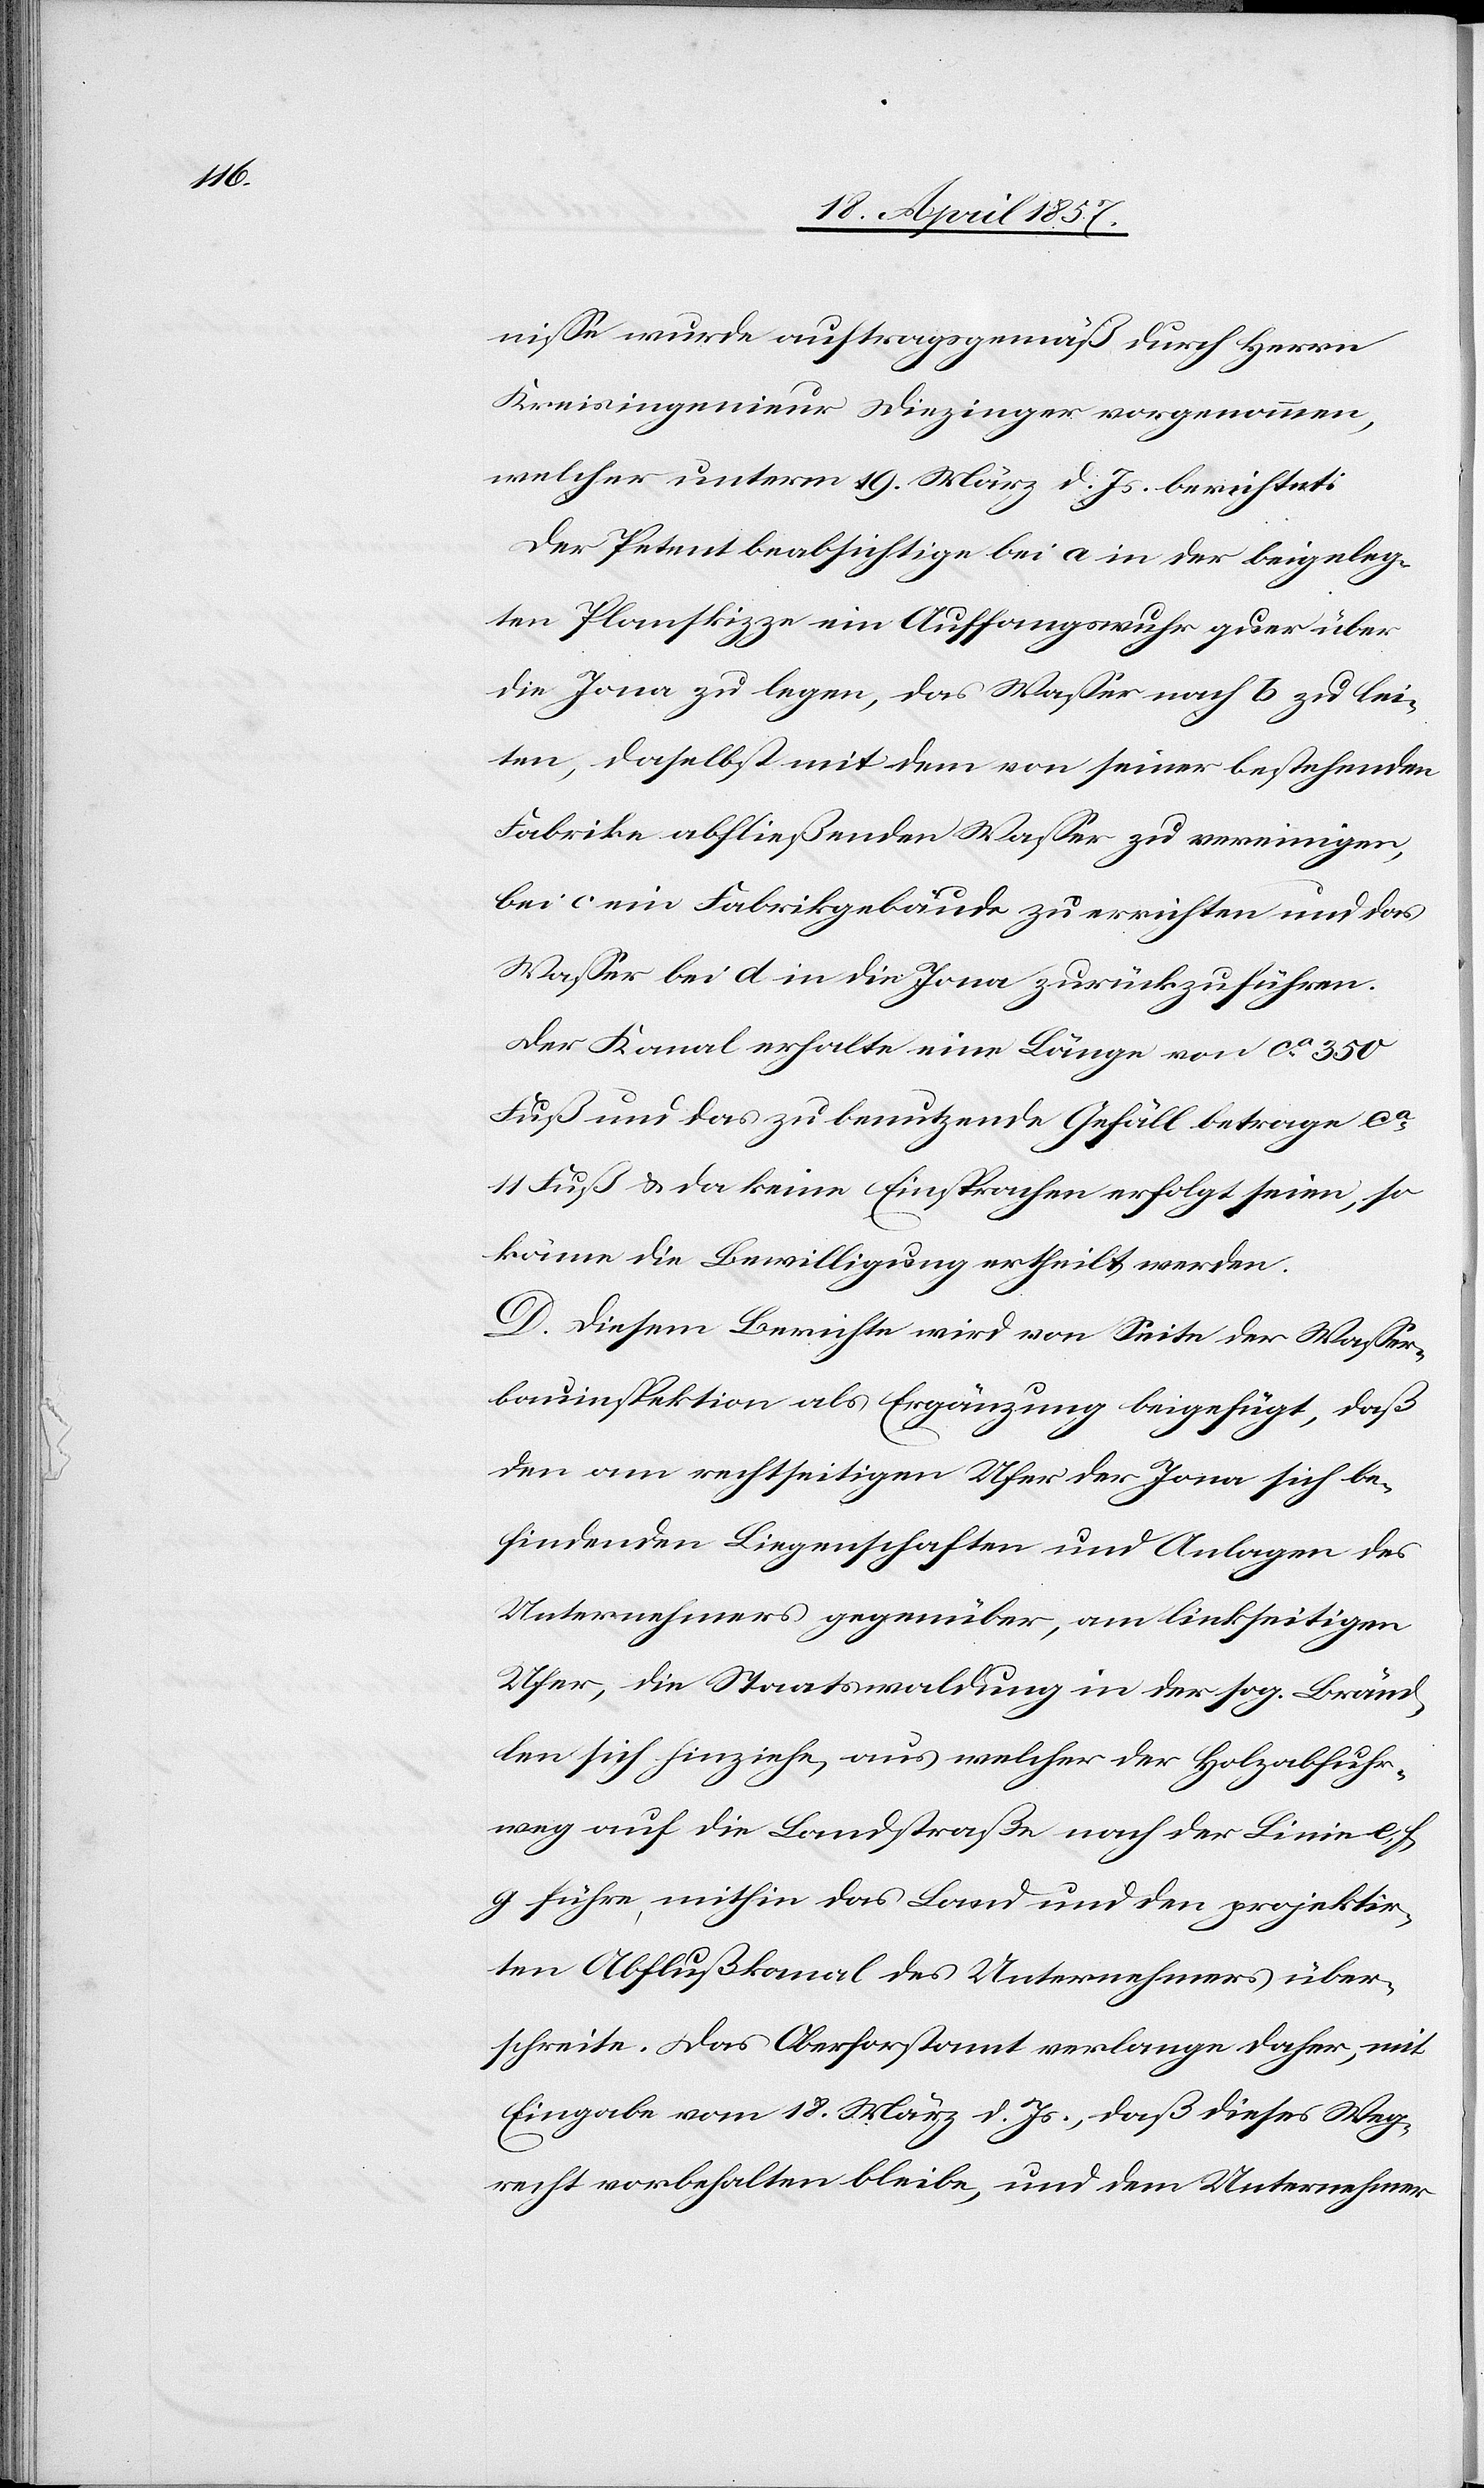
nisse wurde auftragsgemäß durch Herrn
Kreisingenieur Diezinger vorgenommen,
welcher unterm 19. März d. Js. berichtet:
Der Petent beabsichtige bei a in der beigeleg¬
ten Planskizze ein Auffangswuhr quer über
die Jona zu legen, das Wasser nach b zu lei¬
ten, daselbst mit dem von seiner bestehenden
Fabrike abfließenden Wasser zu vereinigen,
bei c ein Fabrikgebäude zu errichten und das
Wasser bei d in die Jona zurückzuführen.
Der Kanal erhalte eine Länge von ca 350
Fuß und das zu benutzende Gefäll betrage ca
11 Fuß & da keine Einsprachen erfolgt seien, so
könne die Bewilligung ertheilt werden.
D. Diesem Berichte wird von Seite der Wasser¬
bauinspektion als Ergänzung beigefügt, daß
den am rechtseitigen Ufer der Jona sich be¬
findenden Liegenschaften und Anlagen des
Unternehmers gegenüber, am linkseitigen
Ufer, die Staatswaldung in der sog. Bränd¬
len sich hinziehe, aus welcher der Holzabfuhr¬
weg auf die Landstraße nach der Linie e, f,
g führe, mithin das Land und den projektir¬
ten Abflußkanal des Unternehmers über¬
schreite. Das Oberforstamt verlange daher, mit
Eingabe vom 18. März d. Js., daß dieses Weg¬
recht vorbehalten bleibe, und dem Unternehmer